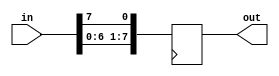
module top_module( 
    input [7:0] in,
    output [7:0] out
);

    always @(posedge clk) begin
        out <= {in[6], in[5], in[4], in[3], in[2], in[1], in[0], in[7]};
    end

endmodule